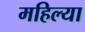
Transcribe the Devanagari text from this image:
महिल्या